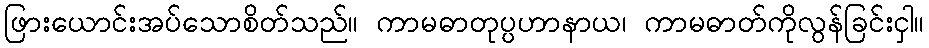
ဖြားယောင်းအပ်သောစိတ်သည်။ ကာမဓာတုပ္ပဟာနာယ၊ ကာမဓာတ်ကိုလွန်ခြင်းငှါ။